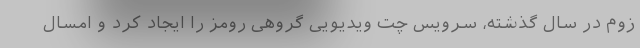
زوم در سال گذشته، سرویس چت ویدیویی گروهی رومز را ایجاد کرد و امسال